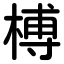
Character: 榑